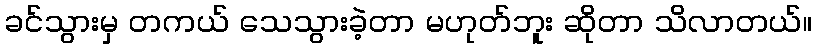
ခင်သွားမှ တကယ် သေသွားခဲ့တာ မဟုတ်ဘူး ဆိုတာ သိလာတယ်။